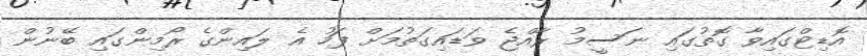
އޮޑިޓްގައިވާ ގޮތުގައި ނަސީމު ރާއްޖެ ވަޑައިގަތުމަށް ފަހު އެ ލައިންގެ ރޯމިންގައި ބޭނުން